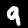
Label: 9